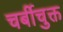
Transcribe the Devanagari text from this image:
चर्बीचुक्त